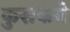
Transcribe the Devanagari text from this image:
कुसकबे